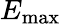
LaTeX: E_{\textrm{max}}